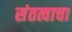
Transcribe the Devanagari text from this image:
संतत्वाचा